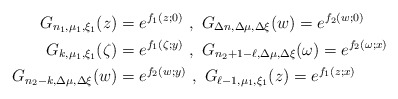
\begin{align*}G_{n_1,\mu_1,\xi_1}(z)&=e^{f_1(z;0)}\,\,,\,\,G_{\Delta n,\Delta\mu,\Delta\xi}(w)=e^{f_2(w;0)}\\G_{k,\mu_1,\xi_1}(\zeta)&=e^{f_1(\zeta;y)}\,\,,\,\,G_{n_2+1-\ell,\Delta\mu,\Delta\xi}(\omega)=e^{f_2(\omega;x)}\\G_{n_2-k,\Delta\mu,\Delta\xi}(w)&=e^{f_2(w;y)}\,\,,\,\,G_{\ell-1,\mu_1,\xi_1}(z)=e^{f_1(z;x)}\end{align*}